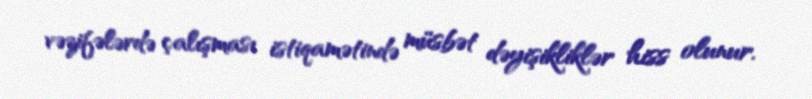
vəzifələrdə çalışması istiqamətində müsbət dəyişikliklər hiss olunur.